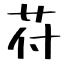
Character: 苻